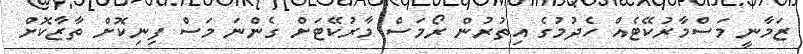
ޒަމާނީ މަސްމާރުކޭޓެއް ހެދުމުގެ އިތުރުން ރޯމަސް މާރުކޭޓަށް ގެންނަ މަސް ފިނިކޮށް ތާޒާކޮށް